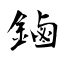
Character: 鏀